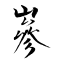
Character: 嵾